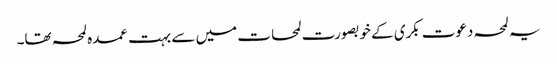
یہ لمحہ دعوت بکری کے خوبصورت لمحات میں سے بہت عمدہ لمحہ تھا۔